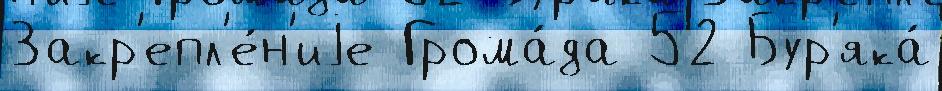
Закр'епл'е́н'иjе Грома́да 52 Бур'яка́